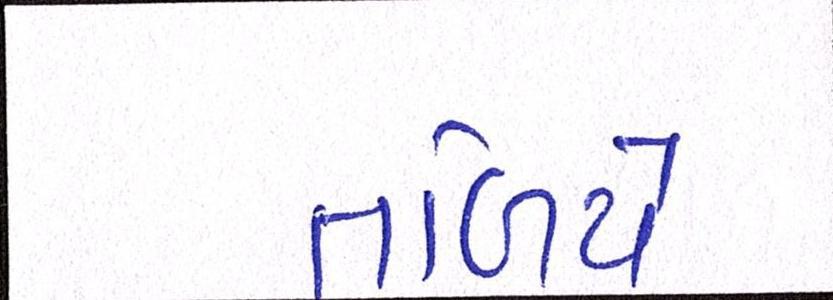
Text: તળિયે